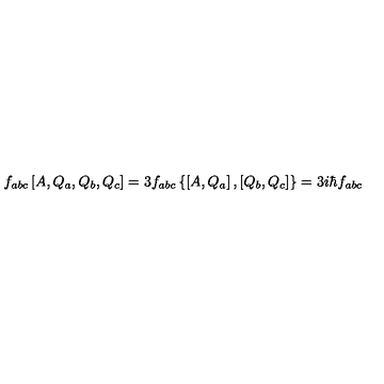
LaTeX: f _ { a b c } \left[ A , Q _ { a } , Q _ { b } , Q _ { c } \right] = 3 f _ { a b c } \left\{ \left[ A , Q _ { a } \right] , \left[ Q _ { b } , Q _ { c } \right] \right\} = 3 i \hbar f _ { a b c }